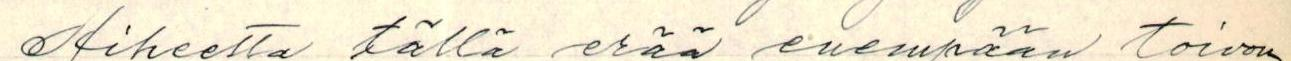
Aiheetta tällä erää enempään toivon